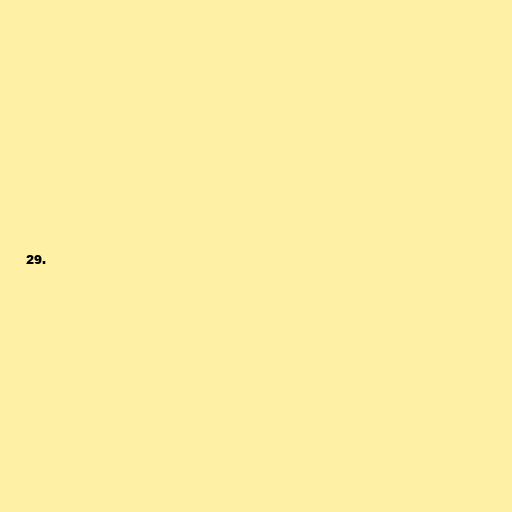
29.